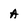
Character: A